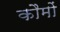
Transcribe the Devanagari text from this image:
कौमों